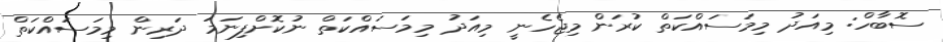
ސޮބާހް: މިއަދު މިމަސައްކަތް ކުރަން މިޖެހެނީ މިއަދު މިމަސައްކަތް ނުކޮށްފިނަމަ ދަރިން މިމަސައްކަތް